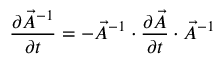
\frac { \partial \vec { A } ^ { - 1 } } { \partial t } = - \vec { A } ^ { - 1 } \cdot \frac { \partial \vec { A } } { \partial t } \cdot \vec { A } ^ { - 1 }